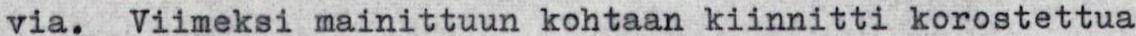
via. Viimeksi mainittuun kohtaan kiinnitti korostettua